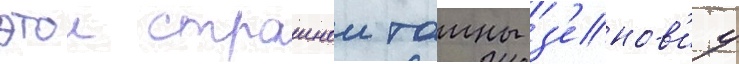
этои страшнои таины з'енов'иу